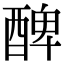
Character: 𨡕